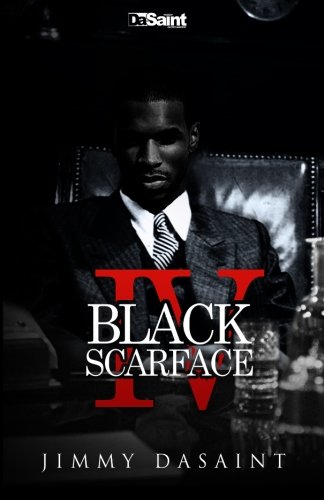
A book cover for Black Scarface IV: Live A King...Die A Legend (Volume 4); Jimmy DaSaint; Literature & Fiction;